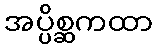
အပ္ပိစ္ဆကထာ